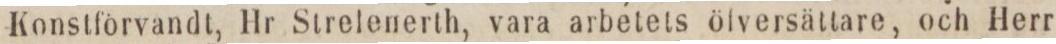
Konstförvandt, Hr Strelenerth, vara arbetets öfversättare, och Herr